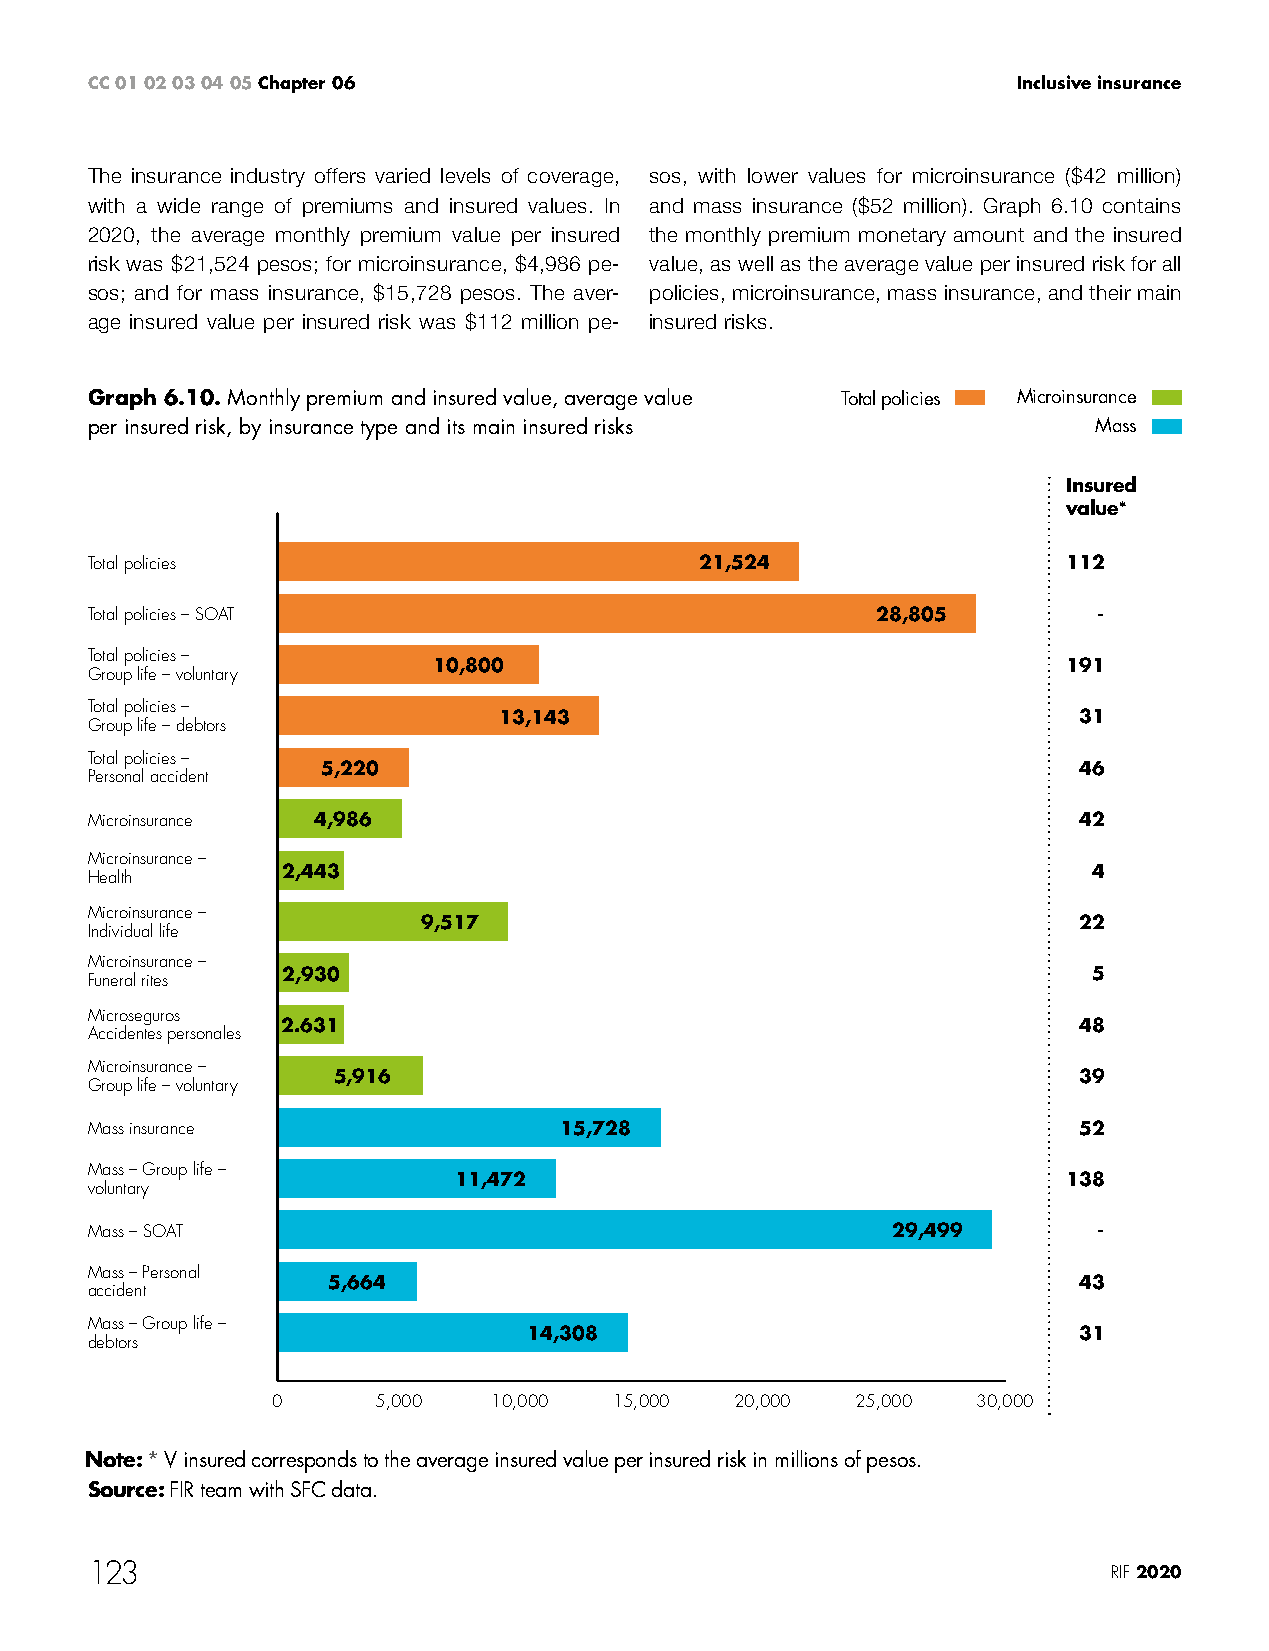
CC 01 02 03 04 05 Chapter 06                                 Inclusive insurance
 The insurance industry offers varied levels of coverage, sos, with lower values for microinsurance ($42 million)
 with a wide range of premiums and insured values. In and mass insurance ($52 million). Graph 6.10 contains
 2020, the average monthly premium value per insured the monthly premium monetary amount and the insured
 risk was $21,524 pesos; for microinsurance, $4,986 pe- value, as well as the average value per insured risk for all
 sos; and for mass insurance, $15,728 pesos. The aver- policies, microinsurance, mass insurance, and their main
 age insured value per insured risk was $112 million pe- insured risks.
 Graph 6.10. Monthly premium and insured value, average value Total policies Microinsurance
 per insured risk, by insurance type and its main insured risks     Mass
 Insured
 value*
 Total policies                          21,524                   112
 Total policies – SOAT                               28,805         -
 Total policies –
 10,800                                    191
 Group life – voluntary
 Total policies –
 13,143                                31
 Group life – debtors
 Total policies –
 5,220                                             46
 Personal accident
 Microinsurance 4,986                                             42
 Microinsurance –
 2,443                                                4
 Health
 Microinsurance –
 9,517                                      22
 Individual life
 Microinsurance –
 2,930                                                5
 Funeral rites
 Microseguros
 2.631                                               48
 Accidentes personales
 Microinsurance –
 5,916                                            39
 Group life – voluntary
 Mass insurance                 15,728                            52
 Mass – Group life –
 11,472                                   138
 voluntary
 Mass – SOAT                                          29,499        -
 Mass – Personal
 5,664                                            43
 accident
 Mass – Group life –
 14,308                              31
 debtors
 0      5,000   10,000  15,000  20,000  25,000  30,000
 Note: * V insured corresponds to the average insured value per insured risk in millions of pesos.
 Source: FIR team with SFC data.
 123                                                                 RIF 2020